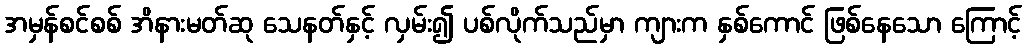
အမှန်စင်စစ် အိနားမတ်ဆု သေနတ်နှင့် လှမ်း၍ ပစ်လိုက်သည်မှာ ကျားက နှစ်ကောင် ဖြစ်နေသော ကြောင့်